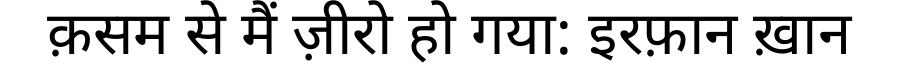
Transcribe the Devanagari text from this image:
क़सम से मैं ज़ीरो हो गया: इरफ़ान ख़ान